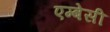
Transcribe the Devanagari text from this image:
एम्‍बेसी